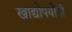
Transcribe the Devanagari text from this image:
खाद्योपयोगी